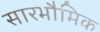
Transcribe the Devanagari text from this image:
सारभौमिक